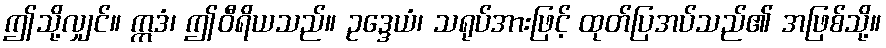
ဤသို့လျှင်။ ဣဒံ၊ ဤဝီရိယသည်။ ဥဒ္ဒေယံ၊ သရုပ်အားဖြင့် ထုတ်ပြအပ်သည်၏ အဖြစ်သို့။